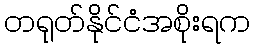
တရုတ်နိုင်ငံအစိုးရက